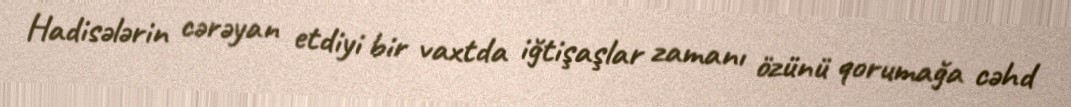
Hadisələrin cərəyan etdiyi bir vaxtda iğtişaşlar zamanı özünü qorumağa cəhd